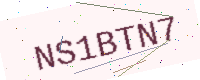
Text: NS1BTN7